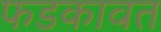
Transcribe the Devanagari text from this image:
फडकावत